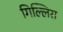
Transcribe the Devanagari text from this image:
गिल्लिस